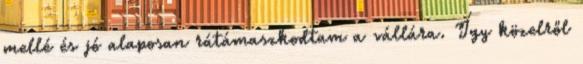
mellé és jó alaposan rátámaszkodtam a vállára. Így közelről